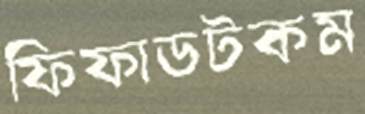
ফিফাডটকম